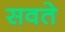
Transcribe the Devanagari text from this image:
सवते